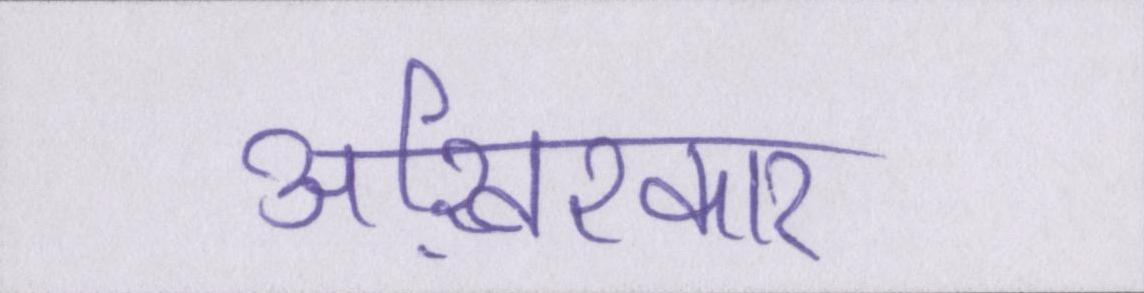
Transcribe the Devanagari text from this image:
आख़िरकार